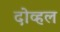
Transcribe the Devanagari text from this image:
दोव्हल